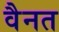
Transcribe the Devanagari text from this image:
वैनत